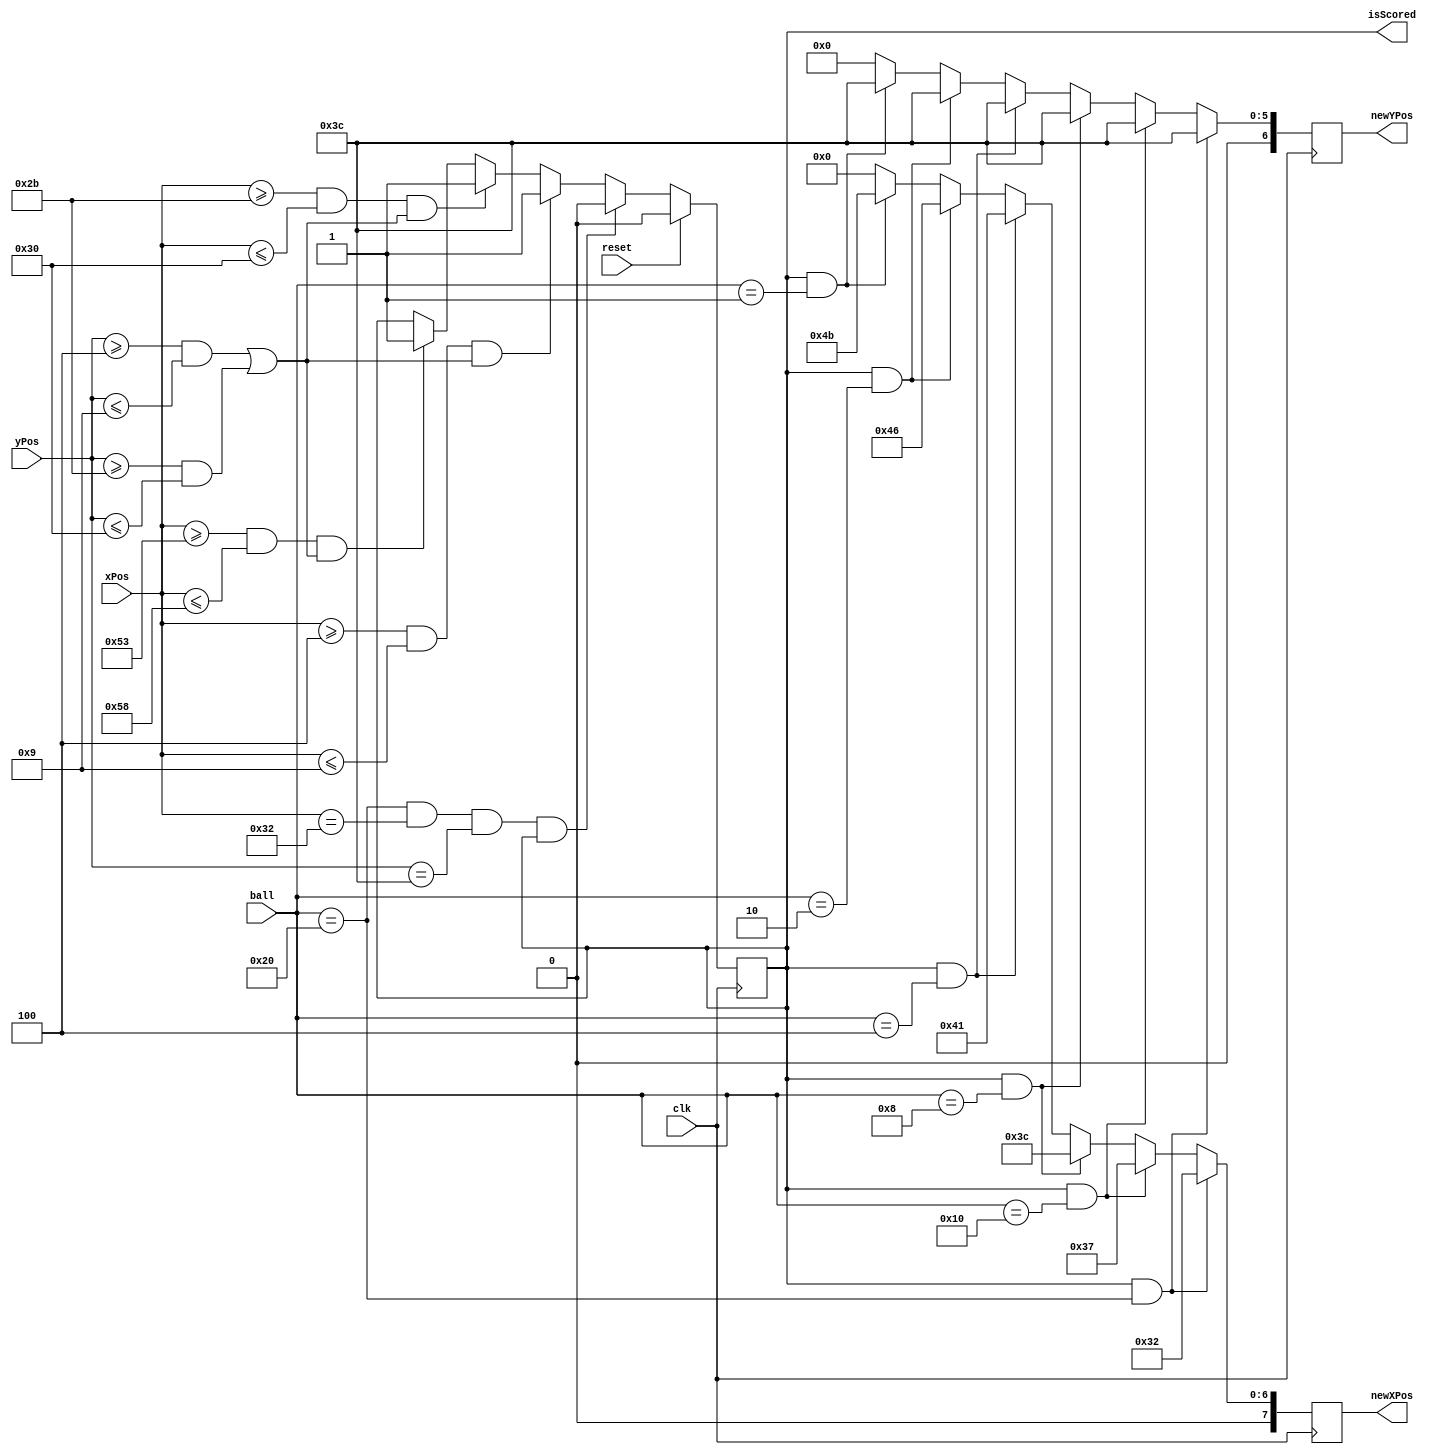
`timescale 1ns / 1ps
//////////////////////////////////////////////////////////////////////////////////
// Company: 
// Engineer: 
// 
// Design Name: 
// Module Name: ScoreChecker
// Project Name: 
// Target Devices: 
// Tool Versions: 
// Description: 
// 
// Dependencies: 
// 
// Revision:
// Revision 0.01 - File Created
// Additional Comments:
// 
//////////////////////////////////////////////////////////////////////////////////


module ScoreChecker(
		input clk,
		input [7:0] xPos,
		input [6:0] yPos,
		input [5:0] ball,
		input reset,
		output reg isScored = 0,
		output reg [7:0] newXPos ,
		output reg [6:0] newYPos
    );
    
    always @ (posedge clk) 
    	begin
    		isScored <= (reset) ? 0 :
    		            (ball == 6'b100000 && xPos == 50 && yPos == 60 && isScored == 1) ? 0 :
    					((xPos >= 4 && xPos <= 9) && ((yPos >= 4 && yPos <= 9 )||(yPos >= 43 && yPos <= 48))) ? 1 :
    					((xPos >= 43 && xPos <= 48) && ((yPos >= 4 && yPos <= 9 )||(yPos >= 43 && yPos <= 48))) ? 1 :
    					((xPos >= 83 && xPos <= 88) && ((yPos >= 4 && yPos <= 9 )||(yPos >= 43 && yPos <= 48))) ? 1 : isScored;
			
			newXPos <= (isScored && ball == 6'b100000) ? 50 :
					   (isScored && ball == 6'b010000) ? 55 :
					   (isScored && ball == 6'b001000) ? 60 :
					   (isScored && ball == 6'b000100) ? 65 :
					   (isScored && ball == 6'b000010) ? 70 :
					   (isScored && ball == 6'b000001) ? 75 : 0;
			
			newYPos <=  (isScored && ball == 6'b100000) ? 60 :
						(isScored && ball == 6'b010000) ? 60 :
						(isScored && ball == 6'b001000) ? 60 :
						(isScored && ball == 6'b000100) ? 60 :
						(isScored && ball == 6'b000010) ? 60 :
						(isScored && ball == 6'b000001) ? 60 : 0;
		end
    
endmodule